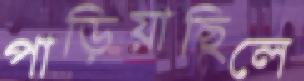
পাড়িয়াছিলে